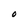
Character: O